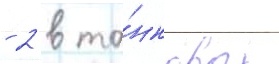
- 2 в та́нковых